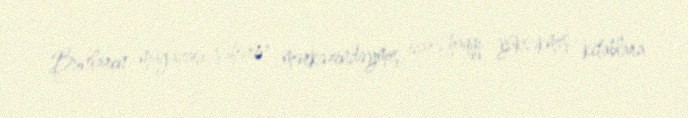
Bunların mağazası şəhərin mərkəzindəymiş, icarə haqqı yüksəkmiş, kitablara